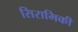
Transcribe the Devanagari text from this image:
सिरामिकी